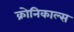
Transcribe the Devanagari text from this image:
क्रोनिकाल्स